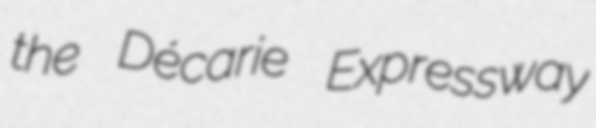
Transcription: the Décarie Expressway